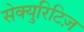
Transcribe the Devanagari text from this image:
सेक्युरिटिज़